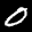
Label: 0